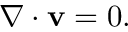
\nabla \cdot \mathbf { v } = 0 .